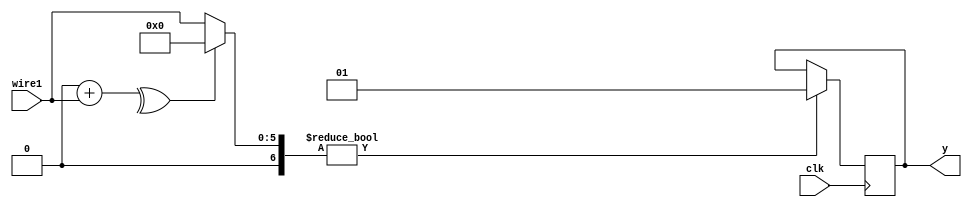
module top  (y, clk, wire1);
  output wire [1:0] y;
  input wire clk;
 input wire signed [5:0] wire1;  

  reg signed [1:0] forvar7 = 2'b00;  
  reg signed [6:0] forvar5 = 7'b0000000;  

  
  assign y = {forvar7};
  
  always
    @(posedge clk) 
    begin
      for (forvar5 = (7'b0000000); (forvar5 < (7'b0000001)); forvar5 = (forvar5 + (7'b0000001)))
        begin
          if ( (^(forvar5 + wire1) ? forvar5 : wire1) )
            begin
		          forvar7 = (2'b01);
            end
        end
    end
endmodule